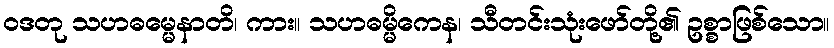
ဝဒတု သဟဓမ္မေနာတိ၊ ကား။ သဟဓမ္မိကေန၊ သီတင်းသုံးဖော်တို့၏ ဥစ္စာဖြစ်သော။